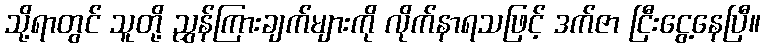
သို့ရာတွင် သူတို့ ညွှန်ကြားချက်များကို လိုက်နာရသဖြင့် ဒက်ဇာ ငြီးငွေ့နေပြီ။